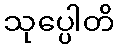
သုပ္ပေါတိ